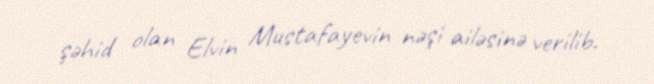
şəhid olan Elvin Mustafayevin nəşi ailəsinə verilib.